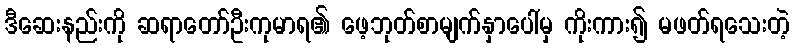
ဒီဆေးနည်းကို ဆရာတော်ဦးကုမာရ၏ ဖေ့ဘုတ်စာမျက်နှာပေါ်မှ ကိုးကား၍ မဖတ်ရသေးတဲ့